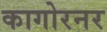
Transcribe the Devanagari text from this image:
कागोरनर